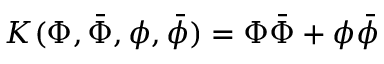
K ( \Phi , \bar { \Phi } , \phi , \bar { \phi } ) = \Phi \bar { \Phi } + \phi \bar { \phi }